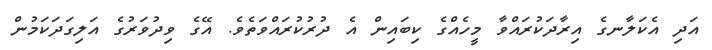
އަދި އެކަލާނގެ އިރާދަކުރައްވާ މީހެއްގެ ކިބައިން އެ ދުރުކުރައްވަތެވެ. އޭގެ ވިދުވަރުގެ އަލިގަދަކަމުން